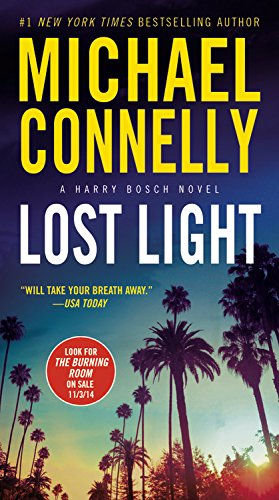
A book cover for Lost Light (A Harry Bosch Novel); Michael Connelly; Mystery, Thriller & Suspense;